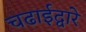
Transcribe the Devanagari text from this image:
चढाईद्वारे